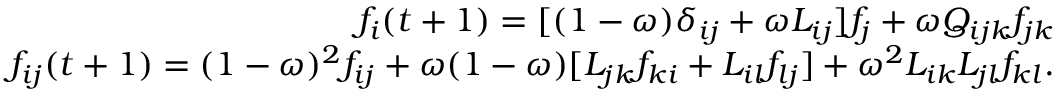
\begin{array} { r } { f _ { i } ( t + 1 ) = [ ( 1 - \omega ) \delta _ { i j } + \omega L _ { i j } ] f _ { j } + \omega Q _ { i j k } f _ { j k } } \\ { f _ { i j } ( t + 1 ) = ( 1 - \omega ) ^ { 2 } f _ { i j } + \omega ( 1 - \omega ) [ L _ { j k } f _ { k i } + L _ { i l } f _ { l j } ] + \omega ^ { 2 } L _ { i k } L _ { j l } f _ { k l } . } \end{array}